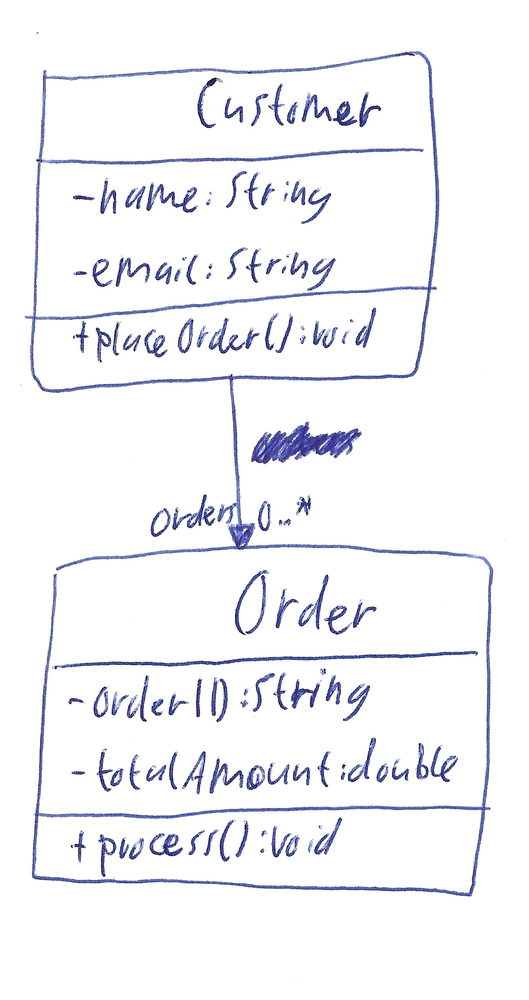
Diagram type: class_diagram
```plantuml
@startuml

class Customer {
  - name: String
  - email: String
  + placeOrder(): void
}

class Order {
  - orderID: String
  - totalAmount: double
  + process(): void
}

Customer -- "orders 0..*" Order

@enduml
```